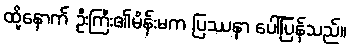
ထို့နောက် ဦးကြီး၏မိန်းမက ပြဿနာ ပေါ်ပြန်သည်။